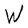
Character: W